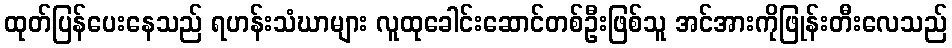
ထုတ်ပြန်ပေးနေသည် ရဟန်းသံဃာများ လူထုခေါင်းဆောင်တစ်ဦးဖြစ်သူ အင်အားကိုဖြုန်းတီးလေသည်